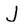
Character: J